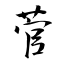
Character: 菅